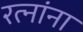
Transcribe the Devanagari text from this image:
रत्‍नांना